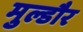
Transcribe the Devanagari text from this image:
मुल्डौर